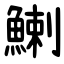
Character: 鯻